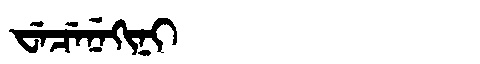
Manchu: ᠸᡝᠴᡝᠨᡝᡴᡳᠨᡳ
Romanization: WECENEKINI